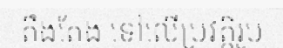
តឹងតែង ទៅលើប្រវត្តិរូប